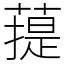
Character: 䔶